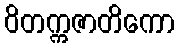
ဝိတက္ကဇာတိကော